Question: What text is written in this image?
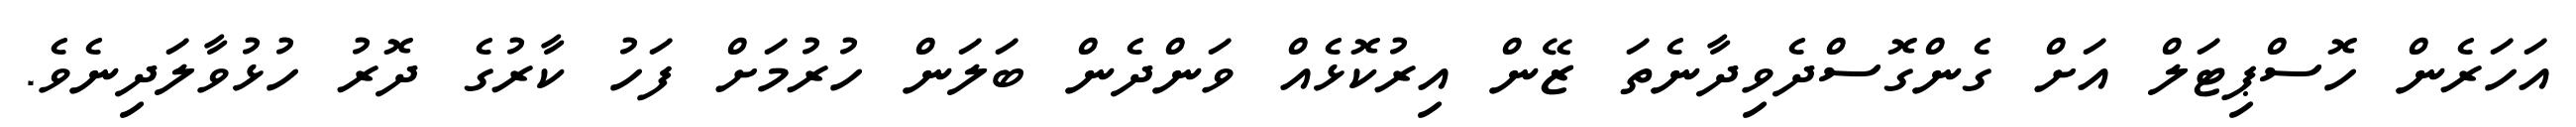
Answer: އަހަރެން ހޮސްޕިޓަލް އަށް ގެންގޮސްދެވިދާނެތަ ޒޭން އިރުކޮޅެއް ވަންދެން ބަލަން ހުރުމަށް ފަހު ކާރުގެ ދޮރު ހުޅުވާލަދިނެވެ.